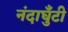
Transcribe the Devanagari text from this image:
नंदाघुँटी